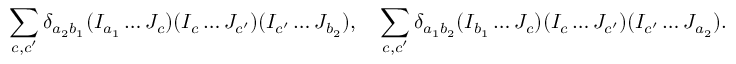
\sum _ { c , c ^ { \prime } } \delta _ { a _ { 2 } b _ { 1 } } ( I _ { a _ { 1 } } \dots J _ { c } ) ( I _ { c } \dots J _ { c ^ { \prime } } ) ( I _ { c ^ { \prime } } \dots J _ { b _ { 2 } } ) , \quad \sum _ { c , c ^ { \prime } } \delta _ { a _ { 1 } b _ { 2 } } ( I _ { b _ { 1 } } \dots J _ { c } ) ( I _ { c } \dots J _ { c ^ { \prime } } ) ( I _ { c ^ { \prime } } \dots J _ { a _ { 2 } } ) .